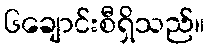
၆ချောင်းစီရှိသည်။